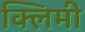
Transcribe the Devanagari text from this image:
क्लिमी